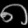
Digit: ၈